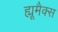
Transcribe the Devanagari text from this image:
ह्यूमैक्स